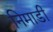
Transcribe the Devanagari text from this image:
निमाडी